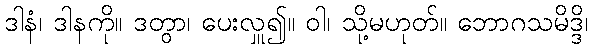
ဒါနံ၊ ဒါနကို။ ဒတွာ၊ ပေးလှူ၍။ ဝါ၊ သို့မဟုတ်။ ဘောဂသမိဒ္ဒိ၊